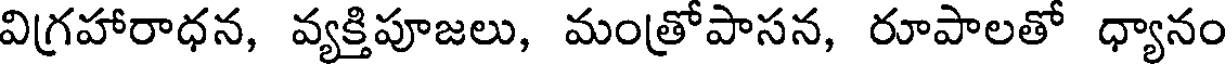
విగ్రహారాధన, వ్యక్తిపూజలు, మంత్రోపాసన, రూపాలతో ధ్యానం